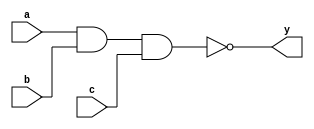
module nand_gate(a,b,c,y);
input a,b,c;
output y;

assign y= ~(a&b&c);

endmodule